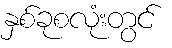
နှစ်ခုစလုံးတွင်